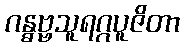
ဂန္ဓဗ္ဗသူရဂ္ဂပူဇိတာ